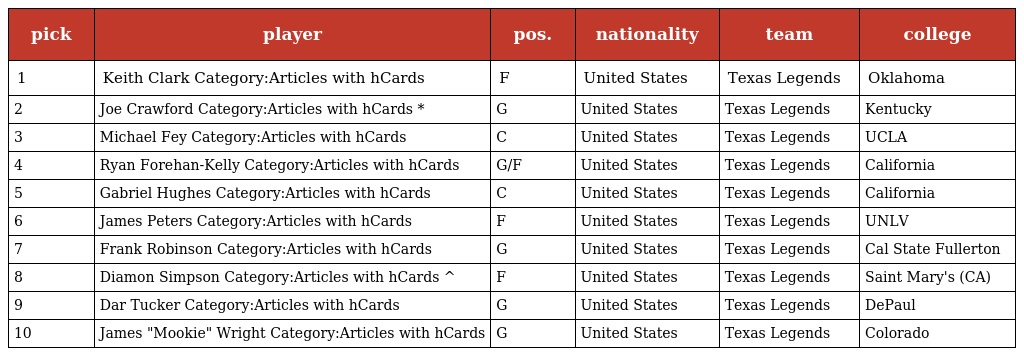
| pick | player | pos. | nationality | team | college |
 | --- | --- | --- | --- | --- | --- |
 | 1 | Keith Clark Category:Articles with hCards | F | United States | Texas Legends | Oklahoma |
 | 2 | Joe Crawford Category:Articles with hCards * | G | United States | Texas Legends | Kentucky |
 | 3 | Michael Fey Category:Articles with hCards | C | United States | Texas Legends | UCLA |
 | 4 | Ryan Forehan-Kelly Category:Articles with hCards | G/F | United States | Texas Legends | California |
 | 5 | Gabriel Hughes Category:Articles with hCards | C | United States | Texas Legends | California |
 | 6 | James Peters Category:Articles with hCards | F | United States | Texas Legends | UNLV |
 | 7 | Frank Robinson Category:Articles with hCards | G | United States | Texas Legends | Cal State Fullerton |
 | 8 | Diamon Simpson Category:Articles with hCards ^ | F | United States | Texas Legends | Saint Mary's (CA) |
 | 9 | Dar Tucker Category:Articles with hCards | G | United States | Texas Legends | DePaul |
 | 10 | James "Mookie" Wright Category:Articles with hCards | G | United States | Texas Legends | Colorado |